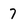
Character: 7